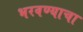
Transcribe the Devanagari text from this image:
भरवण्याचा